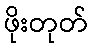
ဖိုးတုတ်